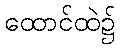
ထောင်ထဲ၌